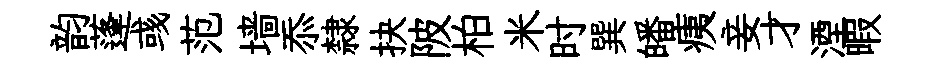
韵蓬彧范墙忝隸抉陂柏米时巽皤痍妾才湮暇